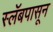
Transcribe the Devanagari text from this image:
स्लॅबपासून